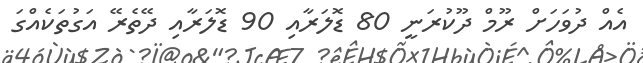
އެއް ދުވަހަށް ރޫމް ދޫކުރަނީ 80 ޑޮލަރާއި 90 ޑޮލަރާއި ދޭތެރޭ އަގުތަކެއްގަ